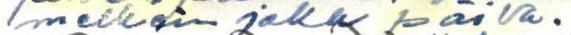
melkein joka päivä.